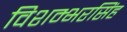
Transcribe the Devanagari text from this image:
विशम्भरसिंह